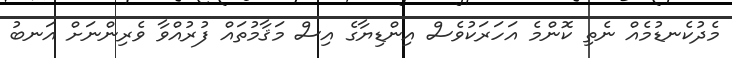
މެދުކެނޑުމެއް ނެތި ކޮންމެ އަހަރަކުވެސް އިންޑިޔާގެ އިސް މަޤާމުތައް ފުރުއްވާ ވެރިންނަށް އަނބު